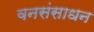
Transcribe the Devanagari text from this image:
वनसंसाधन